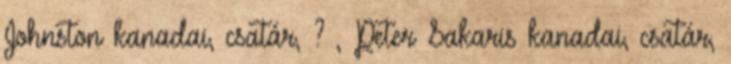
Johnston kanadai, csatár, ? , Peter Sakaris kanadai, csatár,